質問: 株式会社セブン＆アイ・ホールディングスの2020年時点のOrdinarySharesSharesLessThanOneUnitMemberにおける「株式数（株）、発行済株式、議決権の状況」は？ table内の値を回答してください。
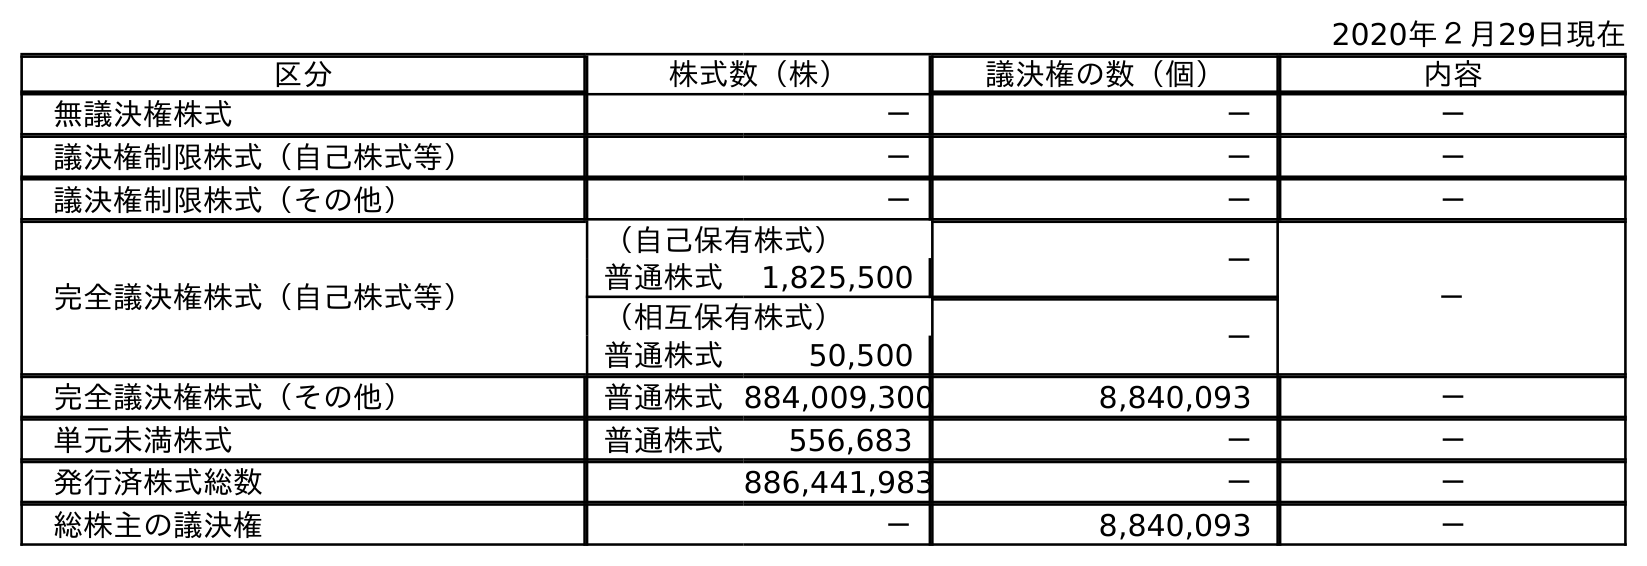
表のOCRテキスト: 2020年２月29日現在 区分 株式数（株） 議決権の数（個） 内容 無議決権株式 － － － 議決権制限株式（自己株式等） － － － 議決権制限株式（その他） － － － 完全議決権株式（自己株式等） （自己保有株式） － － 普通株式 1,825,500 （相互保有株式） － 普通株式 50,500 完全議決権株式（その他） 普通株式884,009,300 8,840,093 － 単元未満株式 普通株式 556,683 － － 発行済株式総数 886,441,983 － － 総株主の議決権 － 8,840,093 －
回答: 556,683